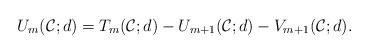
LaTeX: \begin{align*}U_m(\mathcal{C};d)=T_m(\mathcal{C};d)-U_{m+1}(\mathcal{C};d)-V_{m+1}(\mathcal{C};d).\end{align*}